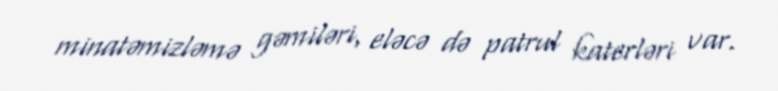
minatəmizləmə gəmiləri, eləcə də patrul katerləri var.